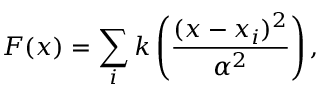
F ( x ) = \sum _ { i } k \left( \frac { ( \boldsymbol { x } - \boldsymbol { x } _ { i } ) ^ { 2 } } { \alpha ^ { 2 } } \right) ,